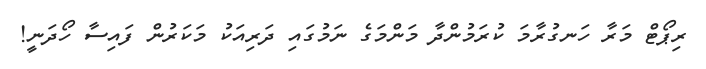
ރިޕޯޓް މަރާ ހަނގުރާމަ ކުރަމުންދާ މަންމަގެ ނަމުގައި ދަރިއަކު މަކަރުން ފައިސާ ހޯދަނީ!